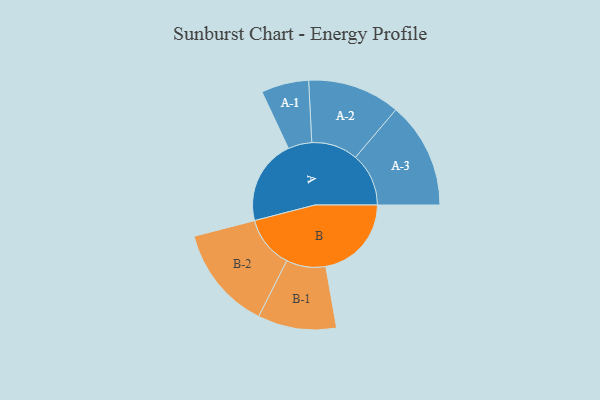
{"axis": {"x": "Segment", "y": "Value"}, "legend": ["", "A", "B"], "data": [{"x": "A", "y": 479, "type": ""}, {"x": "B", "y": 483, "type": ""}, {"x": "A-1", "y": 134, "type": "A"}, {"x": "A-2", "y": 261, "type": "A"}, {"x": "A-3", "y": 300, "type": "A"}, {"x": "B-1", "y": 222, "type": "B"}, {"x": "B-2", "y": 294, "type": "B"}]}